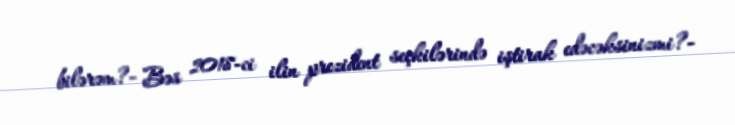
bilərəm?- Bəs 2018-ci ilin prezident seçkilərində iştirak edəcəksinizmi?-